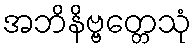
အဘိနိဗ္ဗတ္တေသုံ